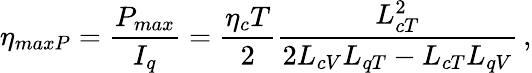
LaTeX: \eta_{maxP}=\frac{P_{max}}{I_{q}}=\frac{\eta_{c}T}{2}\frac{L_{cT}^{2}}{2L_{cV}L_{qT}-L_{cT}L_{qV}}\, ,